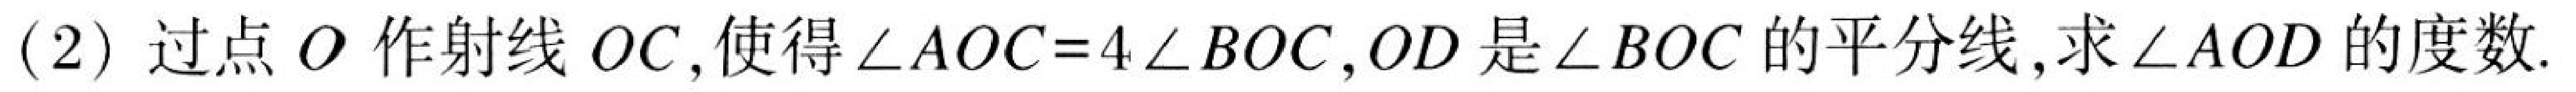
(2) 过点\(O\)作射线\(OC\),使得\(\angle AOC = 4\angle BOC\),\(OD\)是\(\angle BOC\)的平分线,求\(\angle AOD\)的度数.